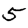
Digit: 5